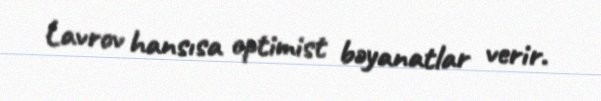
Lavrov hansısa optimist bəyanatlar verir.